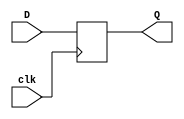
module neg_edge_dff (
  input D,
  input clk,
  output reg Q
);

always @ (negedge clk)
begin
  Q <= D;
end

endmodule